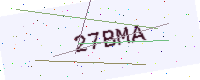
Text: 27BMA